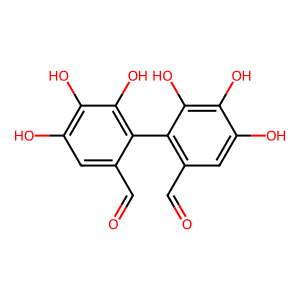
SMILES: O=Cc1cc(O)c(O)c(O)c1-c1c(C=O)cc(O)c(O)c1O
Inhibits HIV replication: No